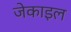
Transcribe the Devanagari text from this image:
जेकाइल